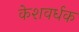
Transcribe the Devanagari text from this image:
केशवर्धक